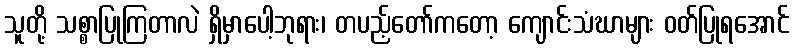
သူတို့ သစ္စာပြုကြတာလဲ ရှိမှာပေါ့ဘုရား၊ တပည့်တော်ကတော့ ကျောင်းသံဃာများ ဝတ်ပြုရအောင်